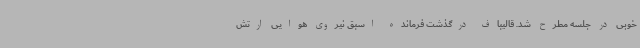
خوبی در جلسه مطرح شد. قالیباف درگذشت فرمانده اسبق نیروی هوایی ارتش